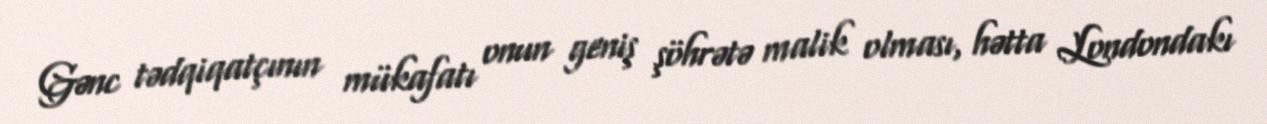
Gənc tədqiqatçının mükafatı onun geniş şöhrətə malik olması, hətta Londondakı